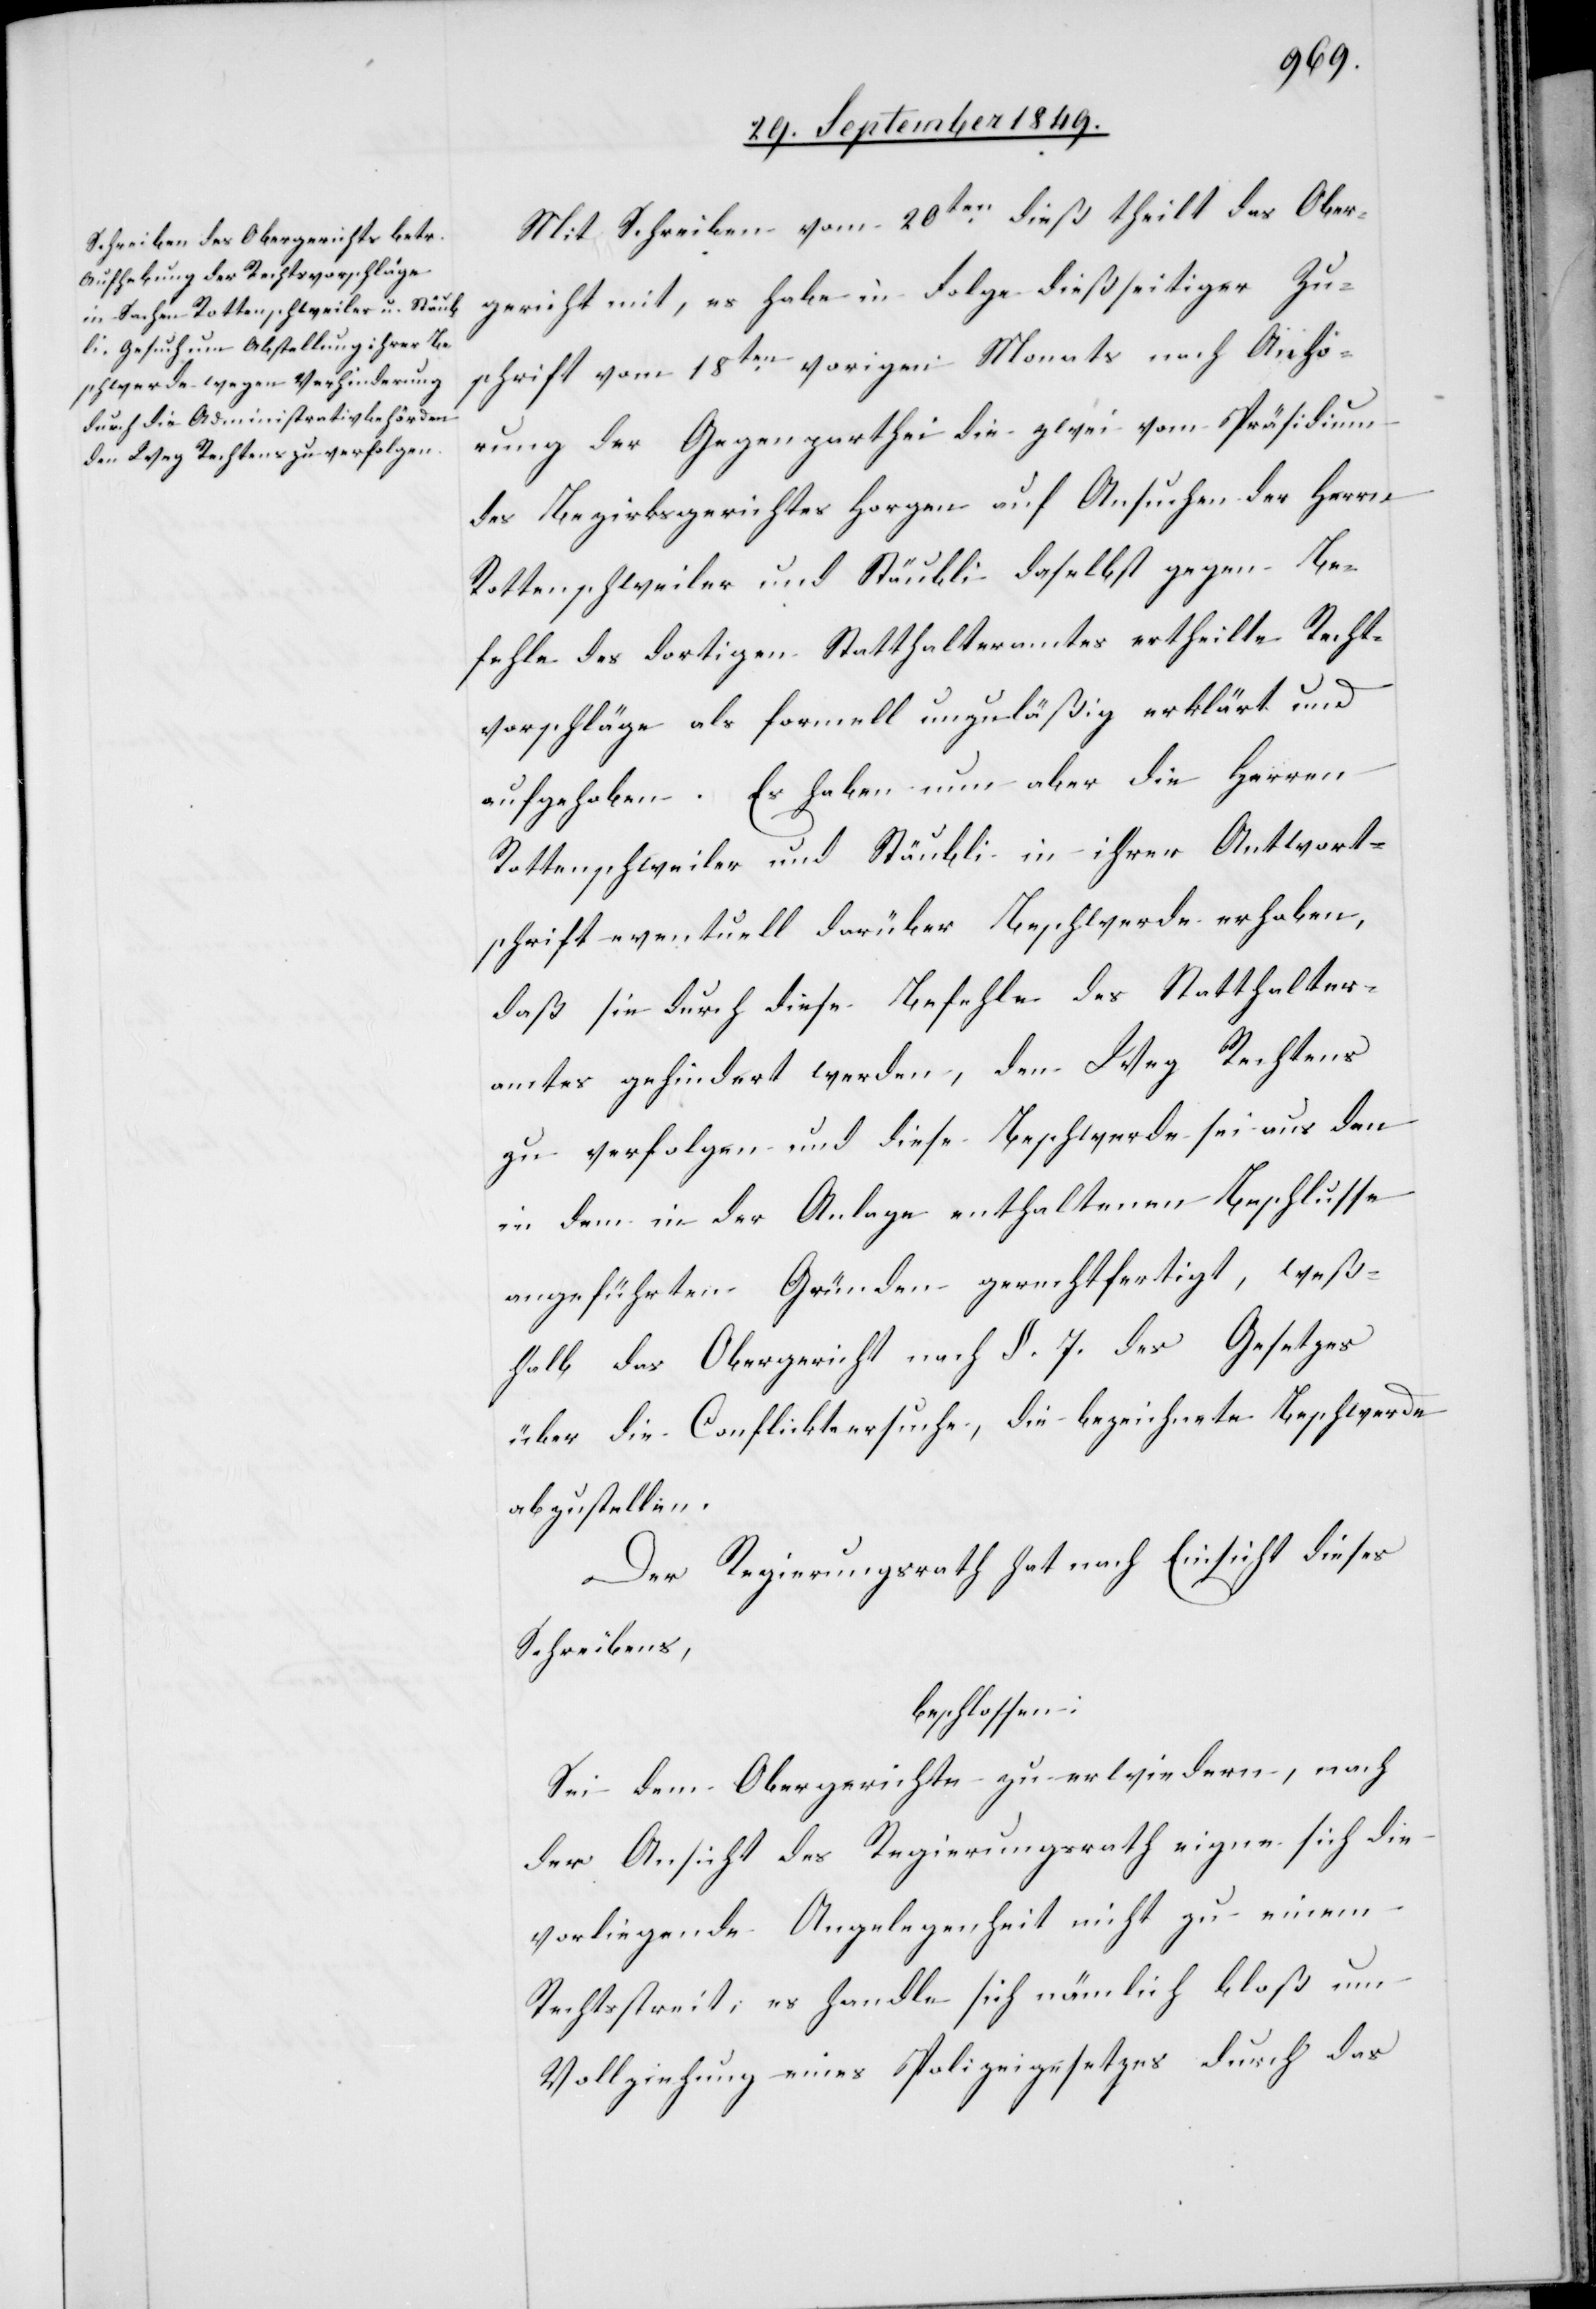
Mit Schreiben vom 20ten dieß theilt das Ober¬
gericht mit, es habe in Folge dießseitiger Zu¬
schrift vom 18ten vorigen Monats nach Anhö¬
rung der Gegenparthei die zwei vom Präsidium
des Bezirksgerichtes Horgen auf Ansuchen der Herrn
Rottenschweiler und Stäubli daselbst gegen Be¬
fehle des dortigen Statthalteramtes ertheilte Recht¬
vorschläge als formell unzuläßig erklärt und
aufgehoben. Es haben nun aber die Herren
Rottenschweiler und Stäubli in ihrer Antwort¬
schrift eventuell darüber Beschwerde erhoben,
daß sie durch diese Befehle des Statthalter¬
amtes gehindert werden, den Weg Rechtens
zu verfolgen und diese Beschwerde sei aus den
in dem in der Anlage enthaltenen Beschlusse
angeführten Gründen gerechtfertigt, weß¬
halb das Obergericht nach §. 7. des Gesetzes
über die Conflikte ersuche, die bezeichnete Beschwerde
abzustellen.
Der Regierungsrath hat nach Einsicht dieses
Schreibens,
beschlossen:
Sei dem Obergerichte zu erwiedern, nach
der Ansicht des Regierungsrath eigne sich die
vorliegende Angelegenheit nicht zu einem
Rechtsstreit; es handle sich nämlich bloß um
Vollziehung eines Polizeigesetzes durch das